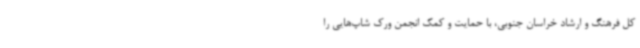
کل فرهنگ و ارشاد خراسان جنوبی، با حمایت و کمک انجمن ورک شاپ‌هایی را